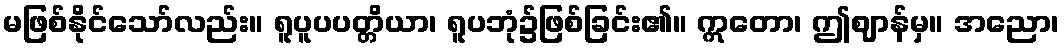
မဖြစ်နိုင်သော်လည်း။ ရူပူပပတ္တိယာ၊ ရူပဘုံ၌ဖြစ်ခြင်း၏။ ဣတော၊ ဤဈာန်မှ။ အညော၊